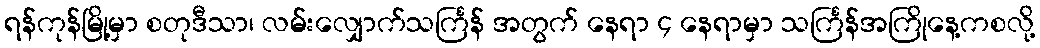
ရန်ကုန်မြို့မှာ စတုဒီသာ၊ လမ်းလျှောက်သင်္ကြန် အတွက် နေရာ ၄ နေရာမှာ သင်္ကြန်အကြိုနေ့ကစလို့